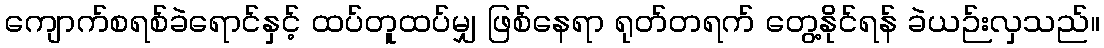
ကျောက်စရစ်ခဲရောင်နှင့် ထပ်တူထပ်မျှ ဖြစ်နေရာ ရုတ်တရက် တွေ့နိုင်ရန် ခဲယဉ်းလှသည်။